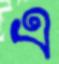
এ